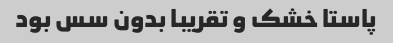
پاستا خشک و تقریبا بدون سس بود